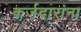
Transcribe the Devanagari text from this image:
कर्जदारांना